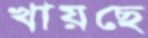
খায়ছে